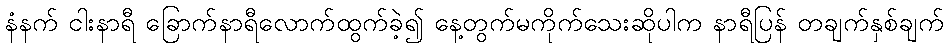
နံနက် ငါးနာရီ ခြောက်နာရီလောက်ထွက်ခဲ့၍ နေ့တွက်မကိုက်သေးဆိုပါက နာရီပြန် တချက်နှစ်ချက်